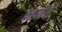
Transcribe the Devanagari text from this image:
नयर